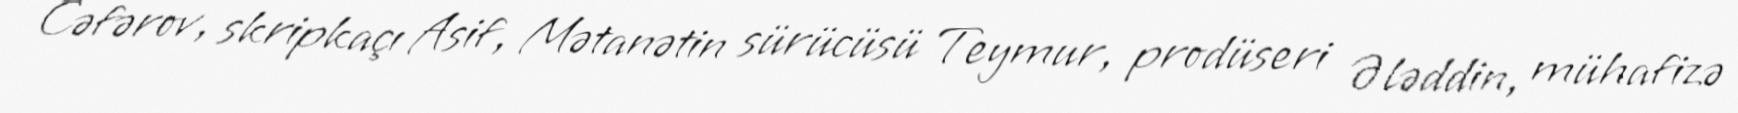
Cəfərov, skripkaçı Asif, Mətanətin sürücüsü Teymur, prodüseri Ələddin, mühafizə